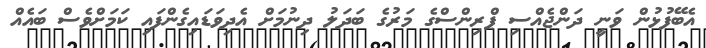
އެބޭފުޅުން ވަނީ ދަންޖެއްސި ޕްރިންސްގެ މަރުގެ ބަދަލު ދިނުމަށް އެދިވަޑައިގެންފައި ކަމަށްވެސް ބައެއް